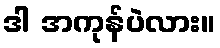
ဒါ အကုန်ပဲလား။